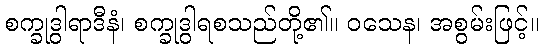
စက္ခုဒွါရာဒီနံ၊ စက္ခုဒွါရစသည်တို့၏။ ဝသေန၊ အစွမ်းဖြင့်။